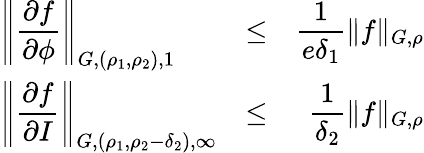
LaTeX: \begin{array}{llr}{\displaystyle\left\| \frac{\partial f}{\partial\phi}\right\| _{G,(\rho_{1},\rho_{2}),1}}&{\leq}&{\displaystyle\frac{1}{e\delta_{1}}\| f\| _{G,\rho}}\\ {\displaystyle\left\| \frac{\partial f}{\partial I}\right\| _{G,(\rho_{1},\rho_{2}-\delta_{2}),\infty}}&{\leq}&{\displaystyle\frac{1}{\delta_{2}}\| f\| _{G,\rho}}\end{array}